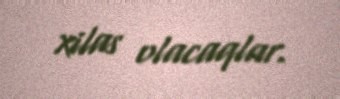
xilas olacaqlar.